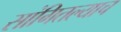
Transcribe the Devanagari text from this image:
सांगितल्याच